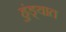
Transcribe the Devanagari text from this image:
हुंड्यात